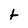
Character: t